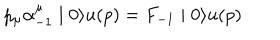
p _ { \mu } \alpha _ { - 1 } ^ { \mu } \mid 0 \rangle u ( p ) = F _ { - 1 } \mid 0 \rangle u ( p )